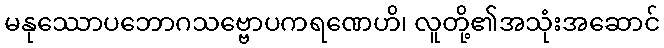
မနုဿောပဘောဂသဗ္ဗောပကရဏေဟိ၊ လူတို့၏အသုံးအဆောင်